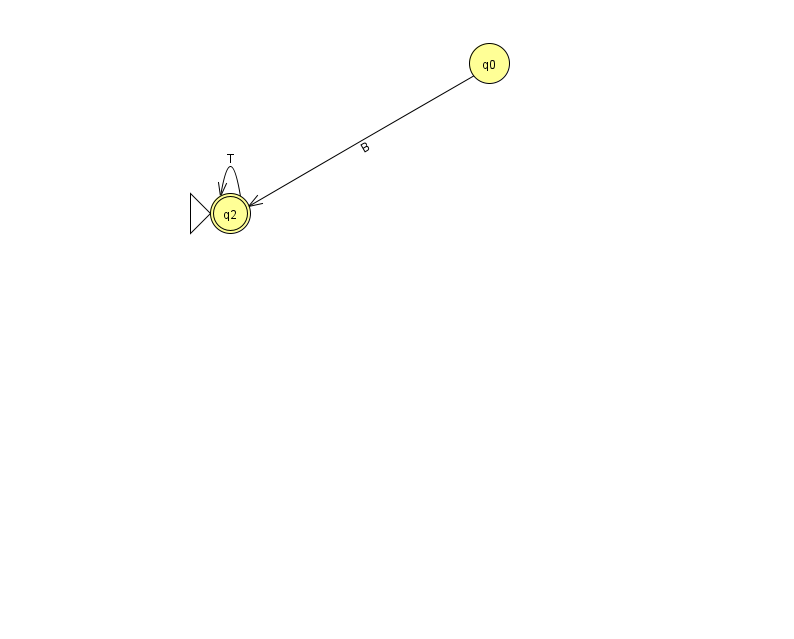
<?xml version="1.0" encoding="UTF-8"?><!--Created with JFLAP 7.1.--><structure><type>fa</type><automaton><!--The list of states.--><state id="0" name="q0"><x>489.0</x><y>50.0</y></state><state id="2" name="q2"><x>230.0</x><y>200.0</y><initial/><final/></state><!--The list of transitions.--><transition><from>2</from><to>2</to><read>T</read></transition><transition><from>0</from><to>2</to><read>B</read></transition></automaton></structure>